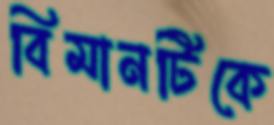
বিমানটিকে